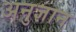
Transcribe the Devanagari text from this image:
अनुज्ञान